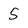
Character: 5